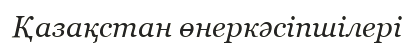
Қазақстан өнеркәсіпшілері